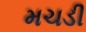
મચડી